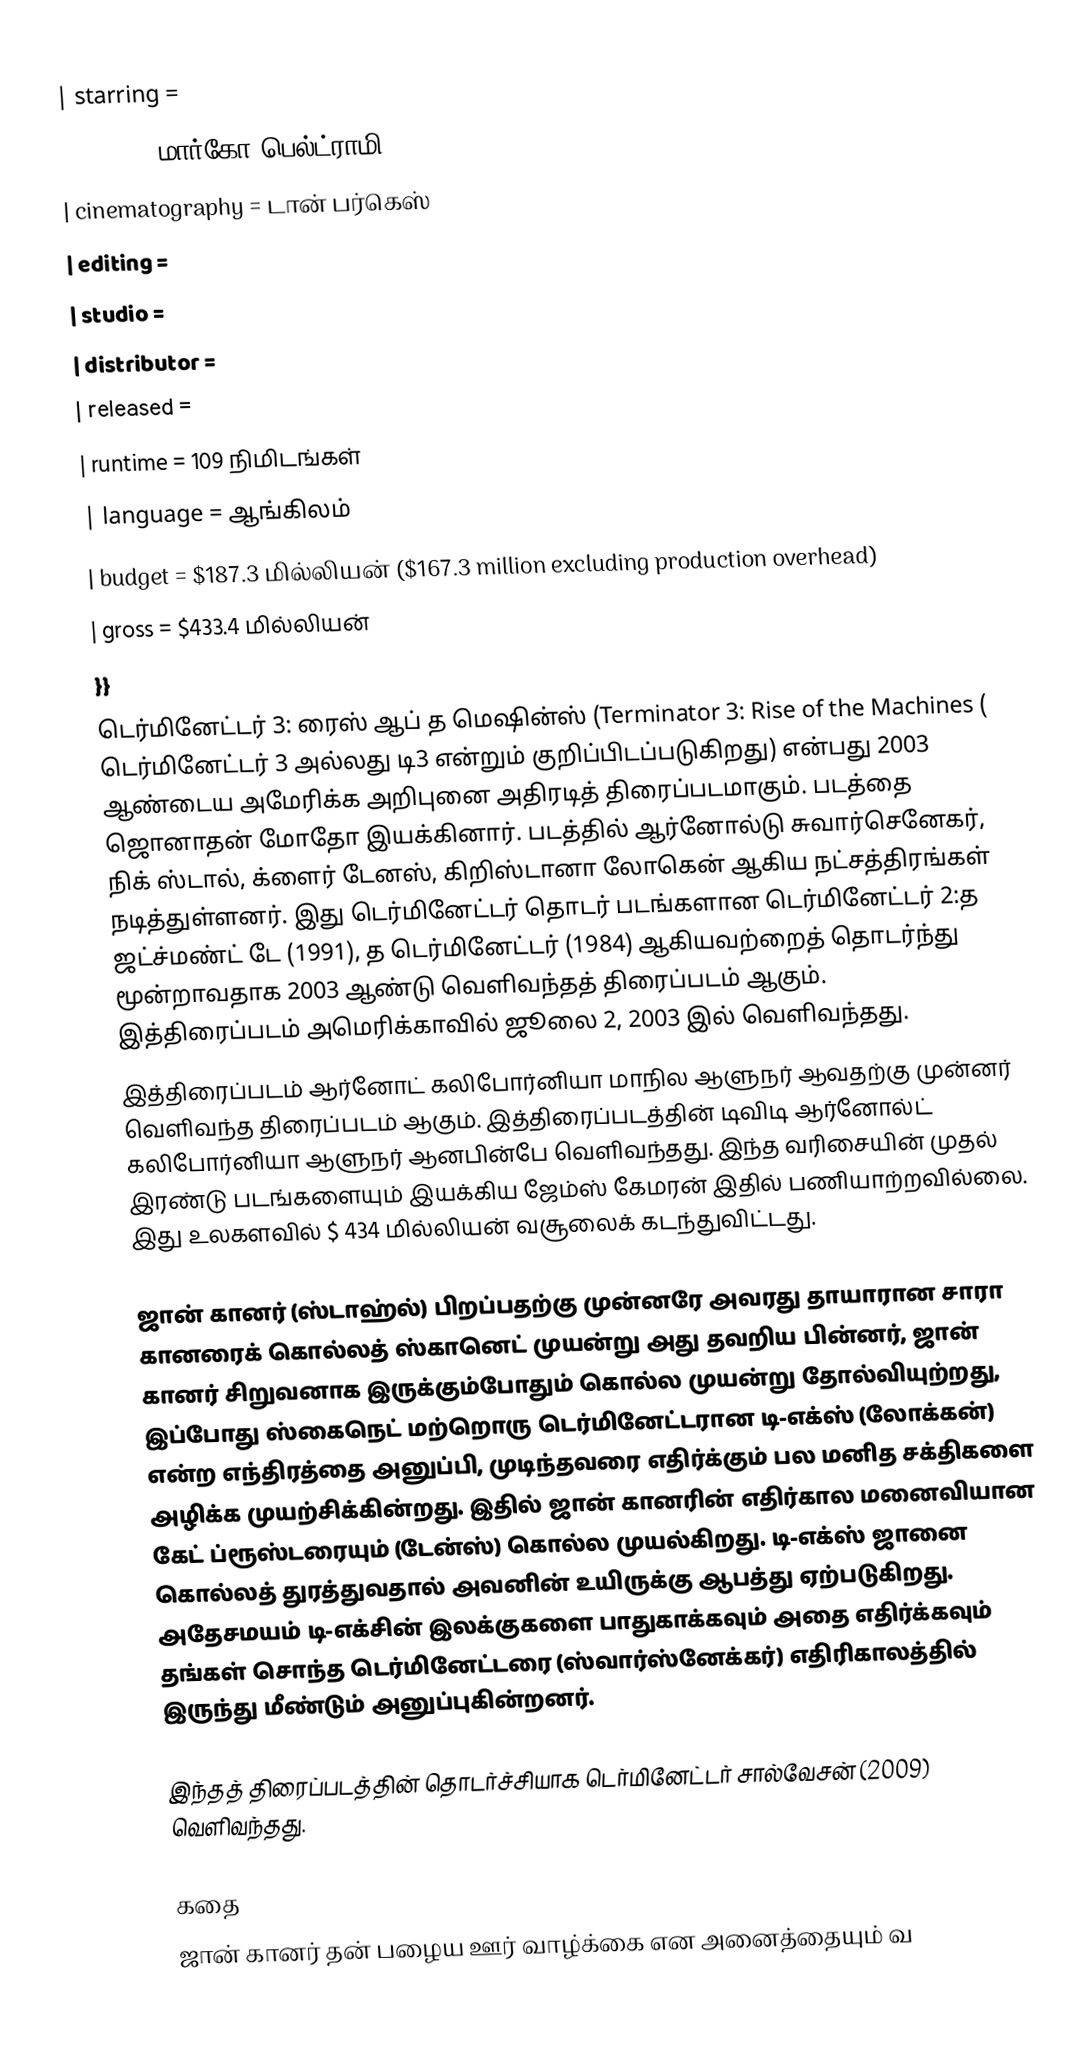
| starring       =
| music          = மார்கோ பெல்ட்ராமி
| cinematography = டான் பர்கெஸ்
| editing        =
| studio         =
| distributor    =
| released       =
| runtime        = 109 நிமிடங்கள்
| language       = ஆங்கிலம்
| budget         = $187.3 மில்லியன் ($167.3 million excluding production overhead)
| gross          = $433.4 மில்லியன்
}}
டெர்மினேட்டர் 3: ரைஸ் ஆப் த மெஷின்ஸ் (Terminator 3: Rise of the Machines ( டெர்மினேட்டர் 3 அல்லது டி3 என்றும் குறிப்பிடப்படுகிறது) என்பது 2003 ஆண்டைய அமேரிக்க அறிபுனை அதிரடித் திரைப்படமாகும். படத்தை ஜொனாதன் மோதோ இயக்கினார். படத்தில்  ஆர்னோல்டு சுவார்செனேகர்,  நிக் ஸ்டால், க்ளைர் டேனஸ், கிறிஸ்டானா லோகென் ஆகிய நட்சத்திரங்கள் நடித்துள்ளனர். இது  டெர்மினேட்டர் தொடர் படங்களான டெர்மினேட்டர் 2:த ஜட்ச்மண்ட் டே   (1991), த டெர்மினேட்டர் (1984) ஆகியவற்றைத் தொடர்ந்து மூன்றாவதாக 2003 ஆண்டு வெளிவந்தத் திரைப்படம் ஆகும். இத்திரைப்படம் அமெரிக்காவில் ஜூலை 2, 2003 இல் வெளிவந்தது.
இத்திரைப்படம் ஆர்னோட் கலிபோர்னியா மாநில ஆளுநர் ஆவதற்கு முன்னர் வெளிவந்த திரைப்படம் ஆகும். இத்திரைப்படத்தின் டிவிடி ஆர்னோல்ட் கலிபோர்னியா ஆளுநர் ஆனபின்பே வெளிவந்தது. இந்த வரிசையின் முதல் இரண்டு படங்களையும் இயக்கிய ஜேம்ஸ் கேமரன் இதில் பணியாற்றவில்லை. இது உலகளவில் $ 434 மில்லியன் வசூலைக் கடந்துவிட்டது.

ஜான் கானர் (ஸ்டாஹ்ல்) பிறப்பதற்கு முன்னரே அவரது தாயாரான சாரா கானரைக் கொல்லத் ஸ்கானெட் முயன்று அது தவறிய பின்னர்,  ஜான் கானர் சிறுவனாக இருக்கும்போதும் கொல்ல முயன்று  தோல்வியுற்றது, இப்போது ஸ்கைநெட்  மற்றொரு டெர்மினேட்டரான டி-எக்ஸ் (லோக்கன்) என்ற எந்திரத்தை அனுப்பி, முடிந்தவரை எதிர்க்கும் பல மனித சக்திகளை அழிக்க முயற்சிக்கின்றது. இதில் ஜான் கானரின் எதிர்கால மனைவியான கேட் ப்ரூஸ்டரையும் (டேன்ஸ்) கொல்ல முயல்கிறது. டி-எக்ஸ் ஜானை கொல்லத் துரத்துவதால் அவனின் உயிருக்கு ஆபத்து ஏற்படுகிறது. அதேசமயம்   டி-எக்சின் இலக்குகளை பாதுகாக்கவும் அதை எதிர்க்கவும் தங்கள் சொந்த டெர்மினேட்டரை (ஸ்வார்ஸ்னேக்கர்) எதிரிகாலத்தில் இருந்து மீண்டும் அனுப்புகின்றனர்.

இந்தத் திரைப்படத்தின் தொடர்ச்சியாக டெர்மினேட்டர் சால்வேசன் (2009) வெளிவந்தது.

கதை
ஜான் கானர் தன் பழைய ஊர் வாழ்க்கை என அனைத்தையும் வ